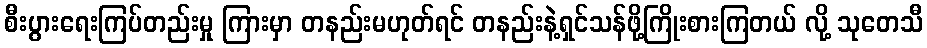
စီးပွားရေးကြပ်တည်းမှု ကြားမှာ တနည်းမဟုတ်ရင် တနည်းနဲ့ရှင်သန်ဖို့ကြိုးစားကြတယ် လို့ သုတေသီ